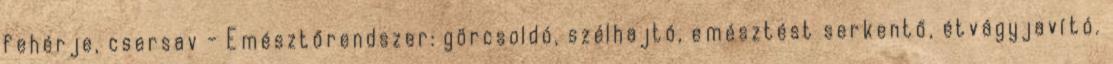
fehérje, csersav - Emésztőrendszer: görcsoldó, szélhajtó, emésztést serkentő, étvágyjavító.